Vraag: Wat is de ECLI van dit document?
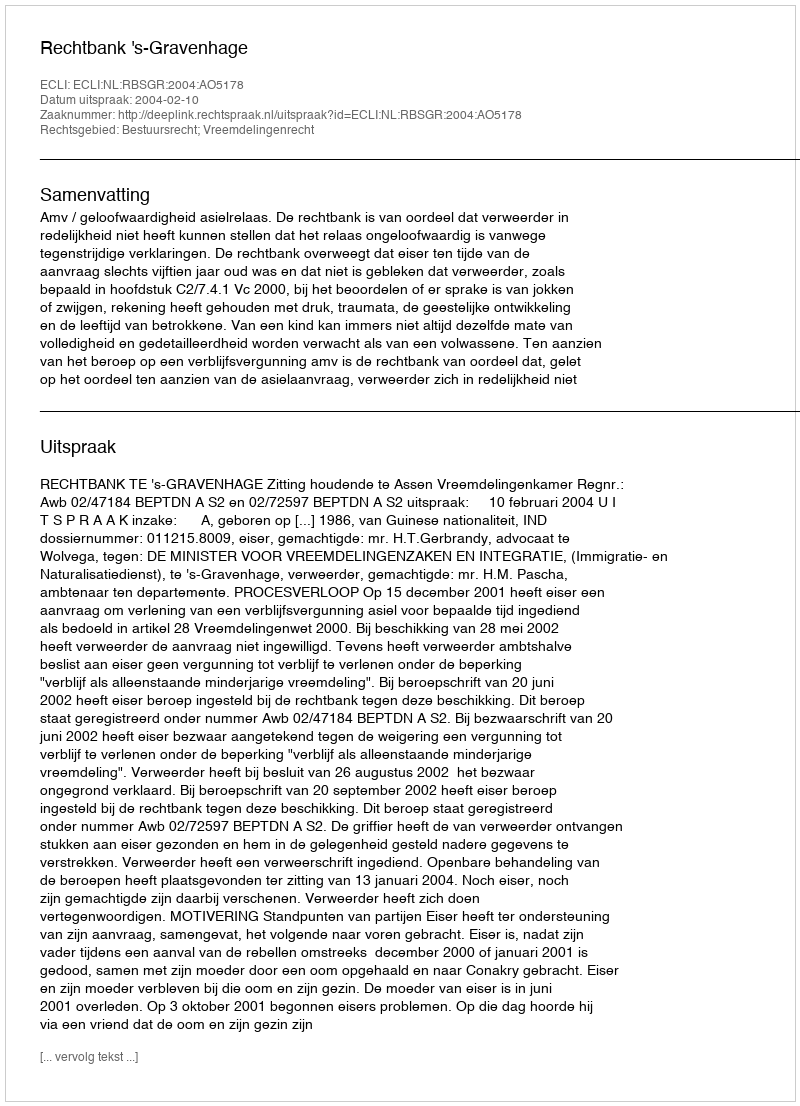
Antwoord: ECLI:NL:RBSGR:2004:AO5178